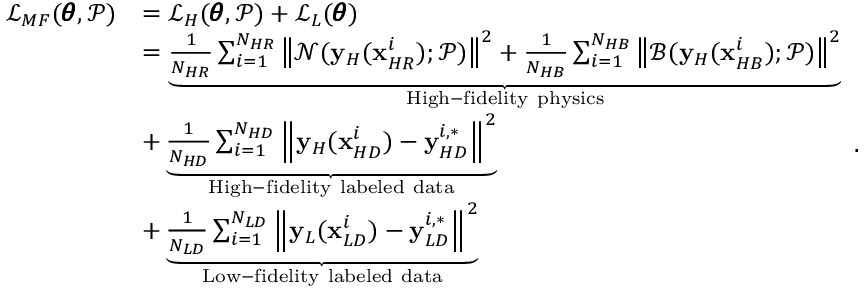
\begin{array} { r l } { \mathcal { L } _ { M F } ( \pmb { \theta } , \mathcal { P } ) } & { = \mathcal { L } _ { H } ( \pmb { \theta } , \mathcal { P } ) + \mathcal { L } _ { L } ( \pmb { \theta } ) } \\ & { = \underbrace { \frac { 1 } { N _ { H R } } \sum _ { i = 1 } ^ { N _ { H R } } { \left\| \mathcal { N } ( \mathbf { y } _ { H } ( \mathbf { x } _ { H R } ^ { i } ) ; \mathcal { P } ) \right\| ^ { 2 } } + \frac { 1 } { N _ { H B } } \sum _ { i = 1 } ^ { N _ { H B } } { \left\| \mathcal { B } ( \mathbf { y } _ { H } ( \mathbf { x } _ { H B } ^ { i } ) ; \mathcal { P } ) \right\| ^ { 2 } } } _ { \mathrm { H i g h - f i d e l i t y ~ p h y s i c s } } } \\ & { + \underbrace { \frac { 1 } { N _ { H D } } \sum _ { i = 1 } ^ { N _ { H D } } { \left\| \mathbf { y } _ { H } ( \mathbf { x } _ { H D } ^ { i } ) - \mathbf { y } _ { H D } ^ { i , * } \right\| ^ { 2 } } } _ { \mathrm { H i g h - f i d e l i t y ~ l a b e l e d ~ d a t a } } } \\ & { + \underbrace { \frac { 1 } { N _ { L D } } \sum _ { i = 1 } ^ { N _ { L D } } { \left\| \mathbf { y } _ { L } ( \mathbf { x } _ { L D } ^ { i } ) - \mathbf { y } _ { L D } ^ { i , * } \right\| ^ { 2 } } } _ { \mathrm { L o w - f i d e l i t y ~ l a b e l e d ~ d a t a } } } \end{array} .